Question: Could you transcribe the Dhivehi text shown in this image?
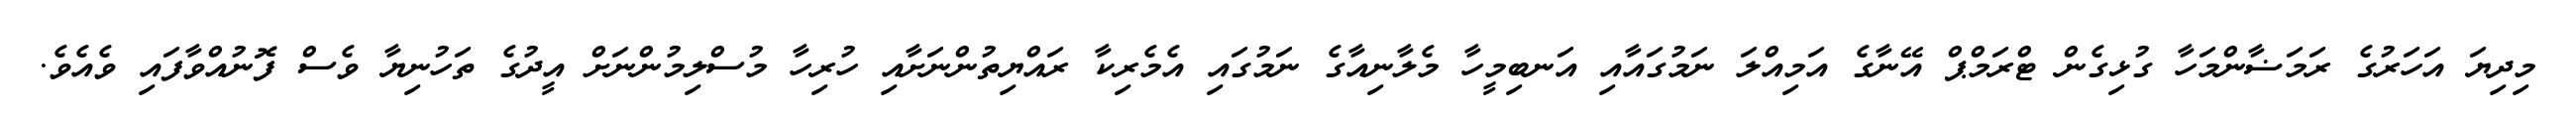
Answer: މިދިޔަ އަހަރުގެ ރަމަޟާންމަހާ ގުޅިގެން ޓްރަމްޕް އޭނާގެ އަމިއްލަ ނަމުގައާއި އަނބިމީހާ މެލާނިއާގެ ނަމުގައި އެމެރިކާ ރައްޔިތުންނަށާއި ހުރިހާ މުސްލިމުންނަށް އީދުގެ ތަހުނިޔާ ވެސް ފޮނުއްވާފައި ވެއެވެ.